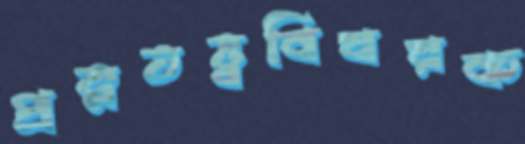
প্রত্নতত্ত্ববিষয়ক